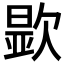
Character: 𬅮